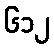
၆၁၂